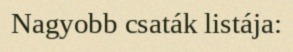
Nagyobb csaták listája: